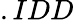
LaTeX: .IDD